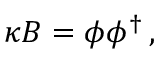
\kappa B = \phi \phi ^ { \dagger } \, ,